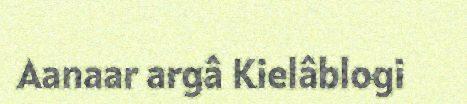
Aanaar argâ Kielâblogi